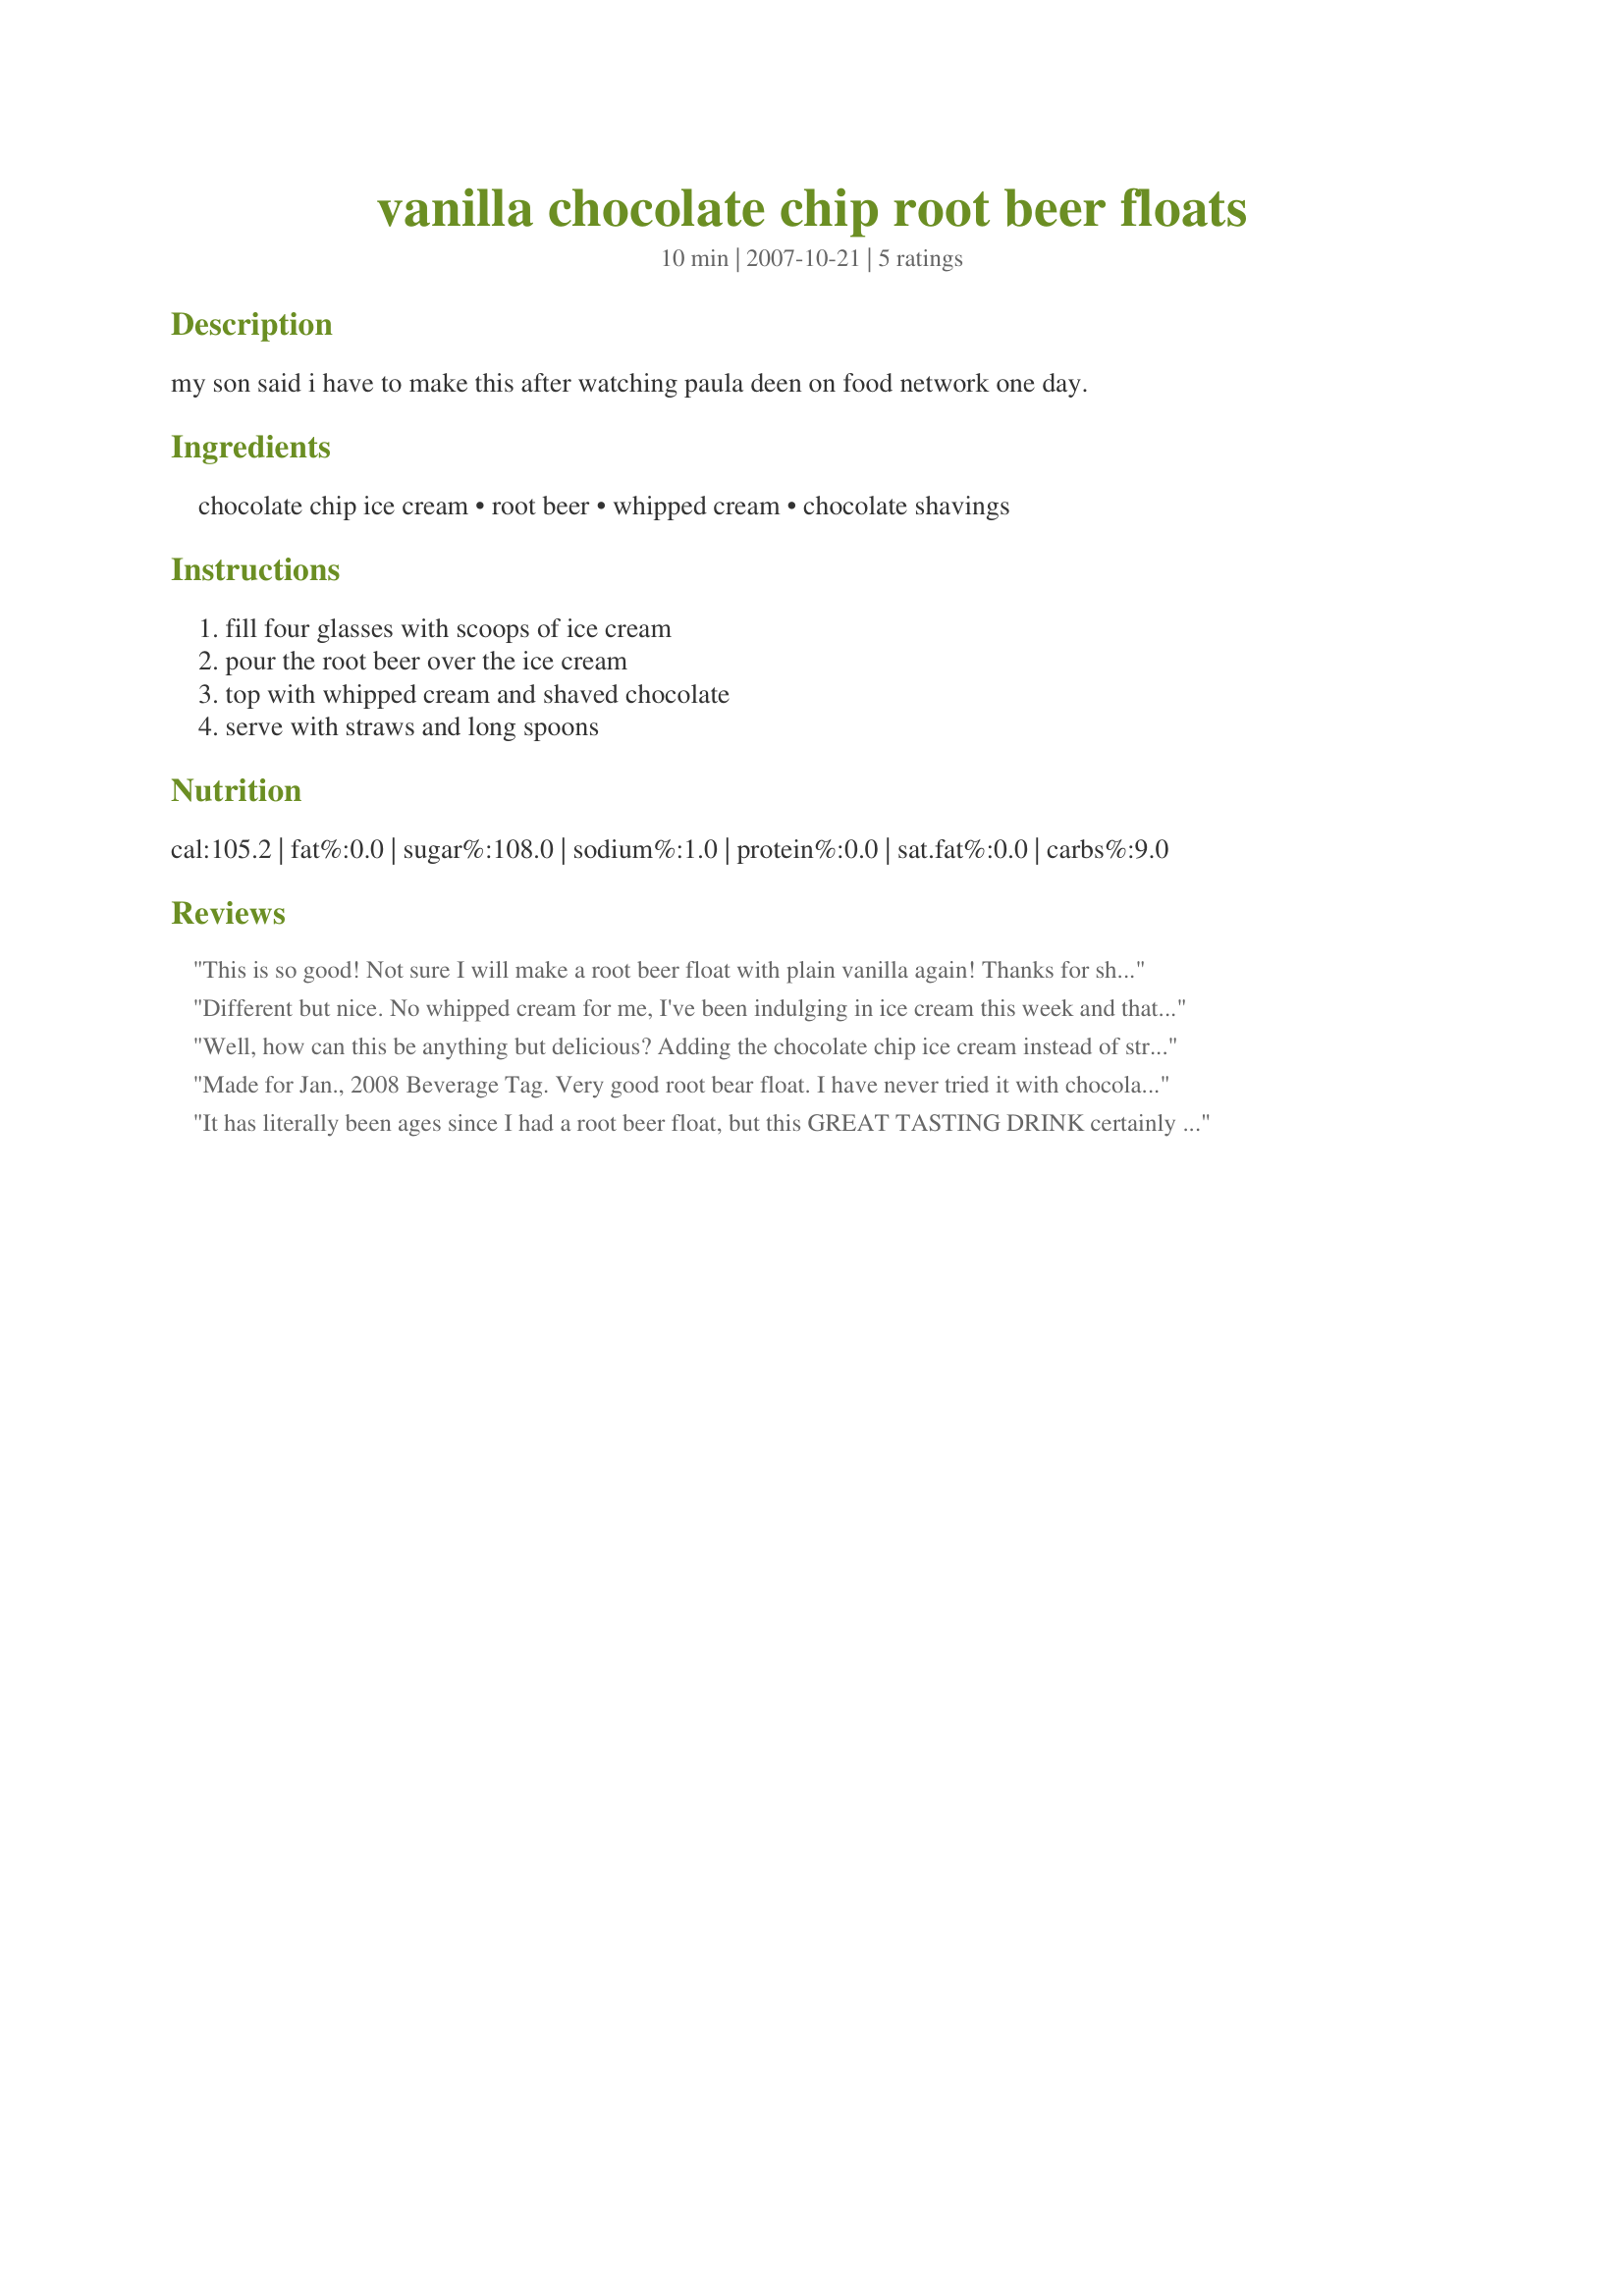
vanilla chocolate chip root beer floats
Preparation time: 10 minutes

my son said i have to make this after watching paula deen on food network one day.

Ingredients:
chocolate chip ice cream, root beer, whipped cream, chocolate shavings

Steps:
fill four glasses with scoops of ice cream, pour the root beer over the ice cream, top with whipped cream and shaved chocolate, serve with straws and long spoons

Reviews:
This is so good! Not sure I will make a root beer float with plain vanilla again! Thanks for sharing!
Different but nice. No whipped cream for me, I've been indulging in ice cream this week and that's calories enough for me. Bade for Beverage Tag. TFS
Well, how can this be anything but delicious? Adding the chocolate chip ice cream instead of straight vanilla gave this a nice little extra kick. Most of the chips settled to the bottom - but who cares, still yummy.
Made for Jan., 2008 Beverage Tag. Very good root bear float. I have never tried it with chocolate chip ice cream before. I used diet A & W root beer and it was still great. Thanks for a great recipe, Lainey.
It has literally been ages since I had a root beer float, but this GREAT TASTING DRINK certainly does bring back memories! A nice new (for me, anyway) twist with the chocolate chip ice cream! VERY, VERY NICE! [Tagged, made & reviewed in Gimme 5 tag]
